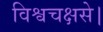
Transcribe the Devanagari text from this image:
विश्वचक्षसे।